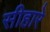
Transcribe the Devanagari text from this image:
सीहारे